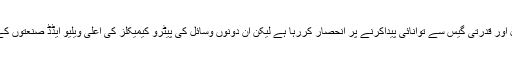
اس وقت وہ زیادہ ترتیل اور قدرتی گیس سے توانائی پیداکرنے پر انحصار کررہا ہے لیکن ان دونوں وسائل کی پیٹرو کیمیکلز کی اعلیٰ ویلیو ایڈڈ صنعتوں کے لیے بڑی اہمیت ہے۔